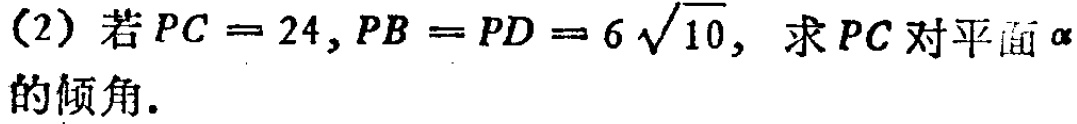
(2) 若\(PC = 24\)，\(PB = PD = 6\sqrt{10}\)，求\(PC\)对平面\(\alpha\)的倾角．